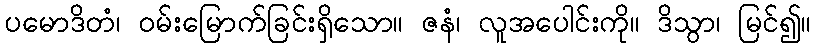
ပမောဒိတံ၊ ဝမ်းမြောက်ခြင်းရှိသော။ ဇနံ၊ လူအပေါင်းကို။ ဒိသွာ၊ မြင်၍။